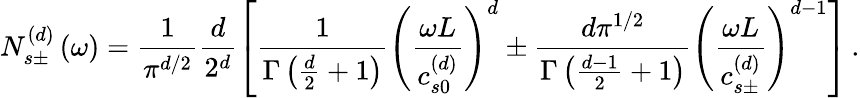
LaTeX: N_{s\pm}^{\left(d\right)}\left(\omega\right)=\frac{1}{\pi^{d/2}}\frac{d}{2^{d}}\left[\frac{1}{\Gamma\left(\frac{d}{2}+1\right)}\left(\frac{\omega L}{c_{s0}^{\left(d\right)}}\right)^{d}\pm\frac{d\pi^{1/2}}{\Gamma\left(\frac{d-1}{2}+1\right)}\left(\frac{\omega L}{c_{s\pm}^{\left(d\right)}}\right)^{d-1}\right]\, .